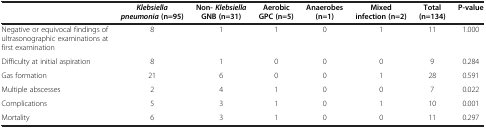
<table><thead><tr><td><b> </b></td><td><b><i>Klebsiella pneumonia </i>(n=95)</b></td><td><b>Non- <i>Klebsiella </i>GNB (n=31)</b></td><td><b>Aerobic GPC (n=5)</b></td><td><b>Anaerobes (n=1)</b></td><td><b>Mixed infection (n=2)</b></td><td><b>Total (n=134)</b></td><td><b>P-value</b></td></tr></thead><tbody><tr><td>Negative or equivocal findings of ultrasonographic examinations at first examination</td><td>8</td><td>1</td><td>1</td><td>0</td><td>1</td><td>11</td><td>1.000</td></tr><tr><td>Difficulty at initial aspiration</td><td>8</td><td>1</td><td>0</td><td>0</td><td>0</td><td>9</td><td>0.284</td></tr><tr><td>Gas formation</td><td>21</td><td>6</td><td>0</td><td>0</td><td>1</td><td>28</td><td>0.591</td></tr><tr><td>Multiple abscesses</td><td>2</td><td>4</td><td>1</td><td>0</td><td>0</td><td>7</td><td>0.022</td></tr><tr><td>Complications</td><td>5</td><td>3</td><td>1</td><td>0</td><td>1</td><td>10</td><td>0.001</td></tr><tr><td>Mortality</td><td>6</td><td>3</td><td>1</td><td>0</td><td>0</td><td>11</td><td>0.297</td></tr></tbody></table>